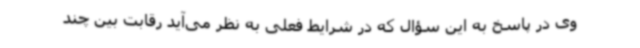
وی در پاسخ به این سؤال که در شرایط فعلی به نظر می‌آید رقابت بین چند